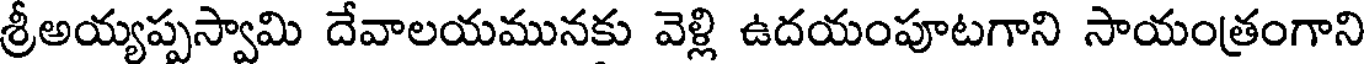
శ్రీఅయ్యప్పస్వామి దేవాలయమునకు వెళ్లి ఉదయంపూటగాని సాయంత్రంగాని